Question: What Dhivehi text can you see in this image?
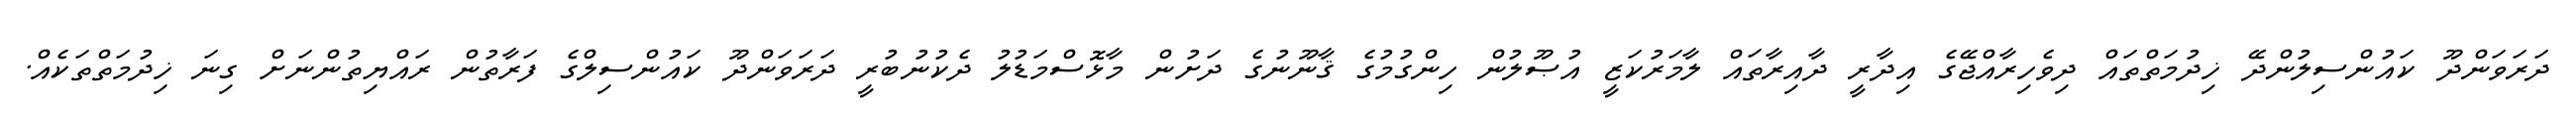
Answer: ދަރަވަންދޫ ކައުންސިލުންދޭ ޚިދުމަތްތައް ދިވެހިރާއްޖޭގެ އިދާރީ ދާއިރާތައް ލާމަރުކަޒީ އުޞޫލުން ހިންގުމުގެ ޤާނޫނުގެ ދަށުން މާޅޮސްމަޑުލު ދެކުނުބުރީ ދަރަވަންދޫ ކައުންސިލްގެ ފަރާތުން ރައްޔިތުންނަށް ގިނަ ޚިދުމަތްތަކެއް.